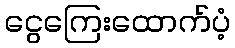
ငွေကြေးထောက်ပံ့